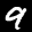
Label: 9